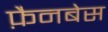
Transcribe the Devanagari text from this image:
फ़ैनबेस